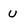
Character: u